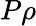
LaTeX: P\rho